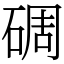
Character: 碉